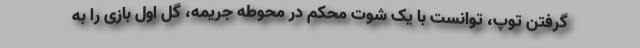
گرفتن توپ، توانست با یک شوت محکم در محوطه جریمه، گل اول بازی را به